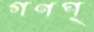
গণপ্